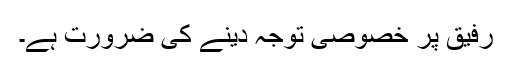
رفیق پر خصوصی توجہ دینے کی ضرورت ہے۔